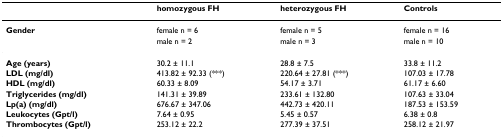
<table><thead><tr><td></td><td><b>homozygous FH</b></td><td><b>heterozygous FH</b></td><td><b>Controls</b></td></tr></thead><tbody><tr><td><b>Gender</b></td><td>female n = 6</td><td>female n = 5</td><td>female n = 16</td></tr><tr><td></td><td>male n = 2</td><td>male n = 3</td><td>male n = 10</td></tr><tr><td><b>Age (years)</b></td><td>30.2 ± 11.1</td><td>28.8 ± 7.5</td><td>33.8 ± 11.2</td></tr><tr><td><b>LDL (mg/dl)</b></td><td>413.82 ± 92.33 (***)</td><td>220.64 ± 27.81 (***)</td><td>107.03 ± 17.78</td></tr><tr><td><b>HDL (mg/dl)</b></td><td>60.33 ± 8.09</td><td>54.17 ± 3.71</td><td>61.17 ± 6.60</td></tr><tr><td><b>Triglycerides (mg/dl)</b></td><td>141.31 ± 39.89</td><td>233.61 ± 132.80</td><td>107.63 ± 33.04</td></tr><tr><td><b>Lp(a) (mg/dl)</b></td><td>676.67 ± 347.06</td><td>442.73 ± 420.11</td><td>187.53 ± 153.59</td></tr><tr><td><b>Leukocytes (Gpt/l)</b></td><td>7.64 ± 0.95</td><td>5.45 ± 0.57</td><td>6.38 ± 0.8</td></tr><tr><td><b>Thrombocytes (Gpt/l)</b></td><td>253.12 ± 22.2</td><td>277.39 ± 37.51</td><td>258.12 ± 21.97</td></tr></tbody></table>